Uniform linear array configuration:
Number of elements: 4
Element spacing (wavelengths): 0.25
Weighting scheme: cosine
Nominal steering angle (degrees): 45
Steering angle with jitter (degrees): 46.829
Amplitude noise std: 0.05
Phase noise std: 0.05

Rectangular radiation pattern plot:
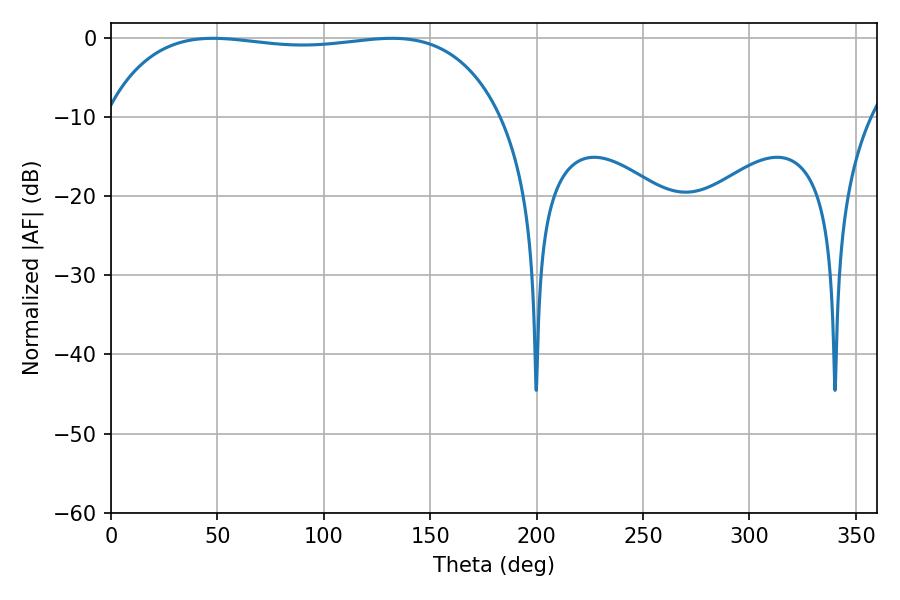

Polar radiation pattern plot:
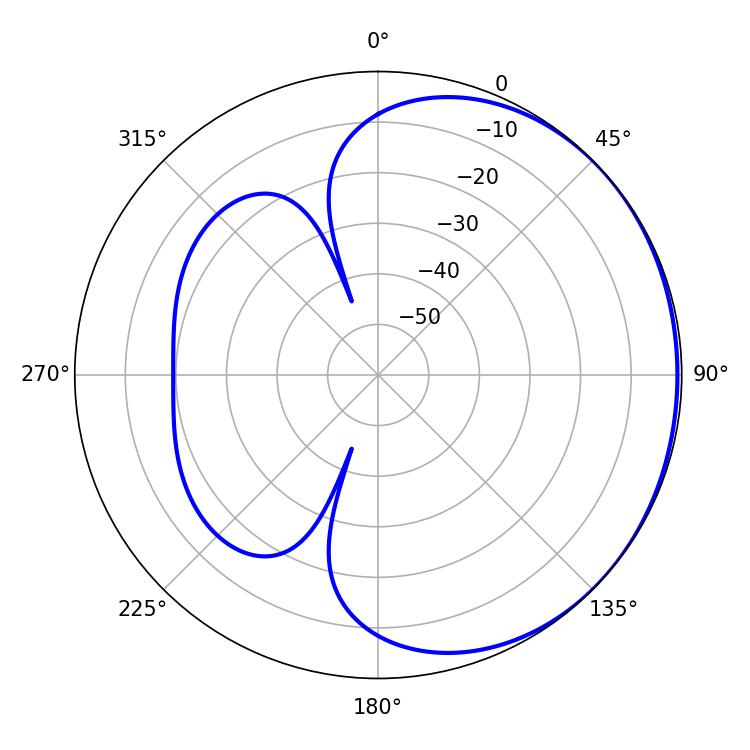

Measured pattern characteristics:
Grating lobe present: FALSE
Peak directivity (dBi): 0.6959
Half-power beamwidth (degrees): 148.68
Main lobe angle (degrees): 47.88